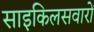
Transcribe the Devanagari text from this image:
साइकिलसवारों